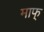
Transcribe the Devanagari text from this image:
माफ्